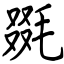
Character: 毲